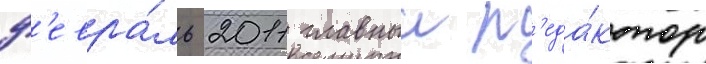
ф'евра́ль 2011 главныи р'еда́ктор